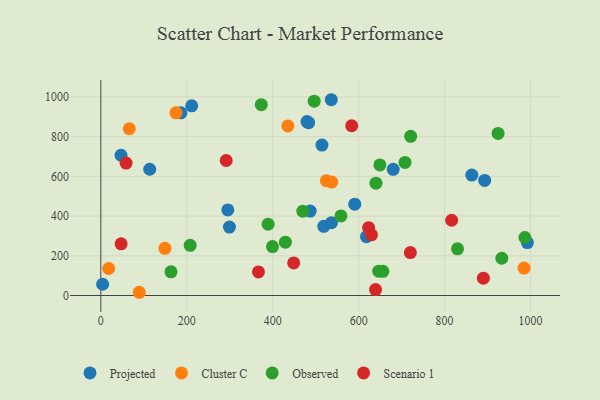
{"axis": {"x": "Price", "y": "Exam Score"}, "legend": ["Cluster C", "Observed", "Projected", "Scenario 1"], "data": [{"x": "514.6", "y": 757.7, "type": "Projected"}, {"x": "186.4", "y": 920.0, "type": "Projected"}, {"x": "4.2", "y": 56.6, "type": "Projected"}, {"x": "47.0", "y": 706.5, "type": "Projected"}, {"x": "680.4", "y": 635.5, "type": "Projected"}, {"x": "536.3", "y": 986.1, "type": "Projected"}, {"x": "113.8", "y": 635.9, "type": "Projected"}, {"x": "590.9", "y": 459.8, "type": "Projected"}, {"x": "618.2", "y": 296.2, "type": "Projected"}, {"x": "487.2", "y": 425.1, "type": "Projected"}, {"x": "479.8", "y": 875.9, "type": "Projected"}, {"x": "211.5", "y": 955.3, "type": "Projected"}, {"x": "893.2", "y": 579.6, "type": "Projected"}, {"x": "299.3", "y": 344.8, "type": "Projected"}, {"x": "863.3", "y": 606.6, "type": "Projected"}, {"x": "295.5", "y": 431.3, "type": "Projected"}, {"x": "483.6", "y": 870.5, "type": "Projected"}, {"x": "518.8", "y": 348.3, "type": "Projected"}, {"x": "536.7", "y": 366.5, "type": "Projected"}, {"x": "992.6", "y": 266.5, "type": "Projected"}, {"x": "18.2", "y": 136.0, "type": "Cluster C"}, {"x": "435.2", "y": 854.0, "type": "Cluster C"}, {"x": "89.5", "y": 16.3, "type": "Cluster C"}, {"x": "174.9", "y": 920.3, "type": "Cluster C"}, {"x": "525.0", "y": 578.4, "type": "Cluster C"}, {"x": "149.1", "y": 237.5, "type": "Cluster C"}, {"x": "537.4", "y": 571.3, "type": "Cluster C"}, {"x": "66.2", "y": 839.8, "type": "Cluster C"}, {"x": "984.9", "y": 138.4, "type": "Cluster C"}, {"x": "373.4", "y": 961.0, "type": "Observed"}, {"x": "496.5", "y": 978.7, "type": "Observed"}, {"x": "470.1", "y": 424.6, "type": "Observed"}, {"x": "399.5", "y": 246.6, "type": "Observed"}, {"x": "830.1", "y": 234.9, "type": "Observed"}, {"x": "429.5", "y": 268.7, "type": "Observed"}, {"x": "986.8", "y": 292.3, "type": "Observed"}, {"x": "924.5", "y": 816.3, "type": "Observed"}, {"x": "649.4", "y": 657.9, "type": "Observed"}, {"x": "163.3", "y": 119.4, "type": "Observed"}, {"x": "721.0", "y": 801.8, "type": "Observed"}, {"x": "558.8", "y": 400.6, "type": "Observed"}, {"x": "646.6", "y": 122.4, "type": "Observed"}, {"x": "389.3", "y": 359.3, "type": "Observed"}, {"x": "207.9", "y": 252.6, "type": "Observed"}, {"x": "656.3", "y": 121.9, "type": "Observed"}, {"x": "707.9", "y": 670.2, "type": "Observed"}, {"x": "640.2", "y": 565.7, "type": "Observed"}, {"x": "933.1", "y": 187.6, "type": "Observed"}, {"x": "448.8", "y": 164.3, "type": "Scenario 1"}, {"x": "639.3", "y": 30.1, "type": "Scenario 1"}, {"x": "629.8", "y": 305.9, "type": "Scenario 1"}, {"x": "47.2", "y": 260.3, "type": "Scenario 1"}, {"x": "720.3", "y": 216.5, "type": "Scenario 1"}, {"x": "623.2", "y": 341.6, "type": "Scenario 1"}, {"x": "583.8", "y": 855.1, "type": "Scenario 1"}, {"x": "291.8", "y": 680.0, "type": "Scenario 1"}, {"x": "890.2", "y": 87.2, "type": "Scenario 1"}, {"x": "366.8", "y": 118.7, "type": "Scenario 1"}, {"x": "58.8", "y": 667.1, "type": "Scenario 1"}, {"x": "816.4", "y": 379.0, "type": "Scenario 1"}]}